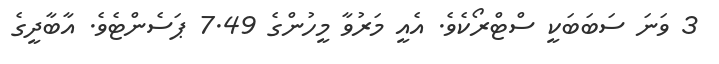
3 ވަނަ ސަބަބަކީ ސްޓްރޯކެވެ. އެއީ މަރުވާ މީހުންގެ 7.49 ޕަސެންޓެވެ. އާބާދީގެ